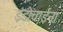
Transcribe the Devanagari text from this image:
इंडोचाईना